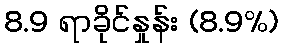
8.9 ရာခိုင်နှုန်း (8.9%)